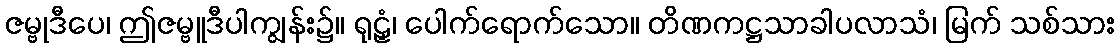
ဇမ္ဗုဒီပေ၊ ဤဇမ္ဗူဒီပါကျွန်း၌။ ရုဠှံ၊ ပေါက်ရောက်သော။ တိဏကဋ္ဌသာခါပလာသံ၊ မြက် သစ်သား